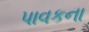
પાવકના